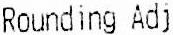
ROUNDING ADJ